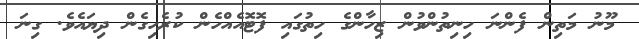
މޫނު މަތިން ފެންނަ ހިނިތުންވުން ޒިހާންގެ ހިތުގައި ފޮޓޮއެއްހެން ކުރެހިގެން ދިޔައެވެ. ގިނަ